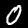
Label: 0